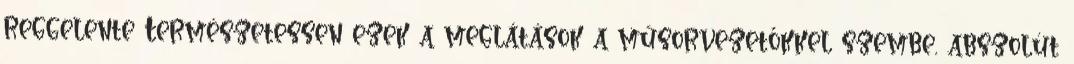
reggelente Természetessen ezek a meglátások a műsorvezetőkkel szembe, abszolút